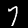
Label: 7